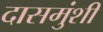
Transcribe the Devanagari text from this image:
दासमुंशी